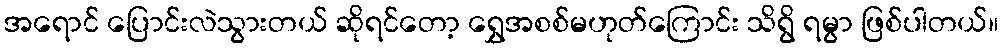
အရောင် ပြောင်းလဲသွားတယ် ဆိုရင်တော့ ရွှေအစစ်မဟုတ်ကြောင်း သိရွိ ရမွာ ဖြစ်ပါတယ်။